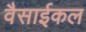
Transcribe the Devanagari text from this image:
वैसाईकल